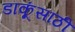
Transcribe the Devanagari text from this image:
डाकूंसाठी